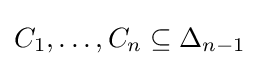
C_{1},\ldots ,C_{n}\subseteq \Delta _{n-1}